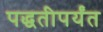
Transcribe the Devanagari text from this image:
पद्धतीपर्यंत